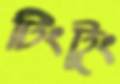
টিংটুং